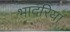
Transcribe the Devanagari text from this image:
भादरिया